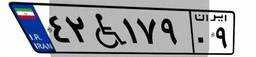
۴۲W۱۷۹۰۹